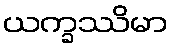
ယက္ခဿိမာ